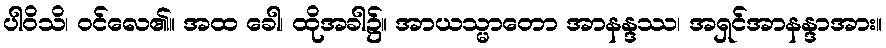
ပါဝိသိ၊ ဝင်လေ၏။ အထ ခေါ၊ ထိုအခါ၌။ အာယသ္မာတော အာနန္ဒဿ၊ အရှင်အာနန္ဒာအား။